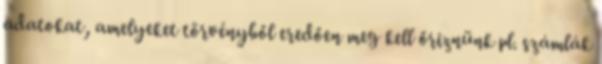
adatokat, amelyeket törvényből eredően meg kell őriznünk pl. számlák